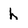
Character: h